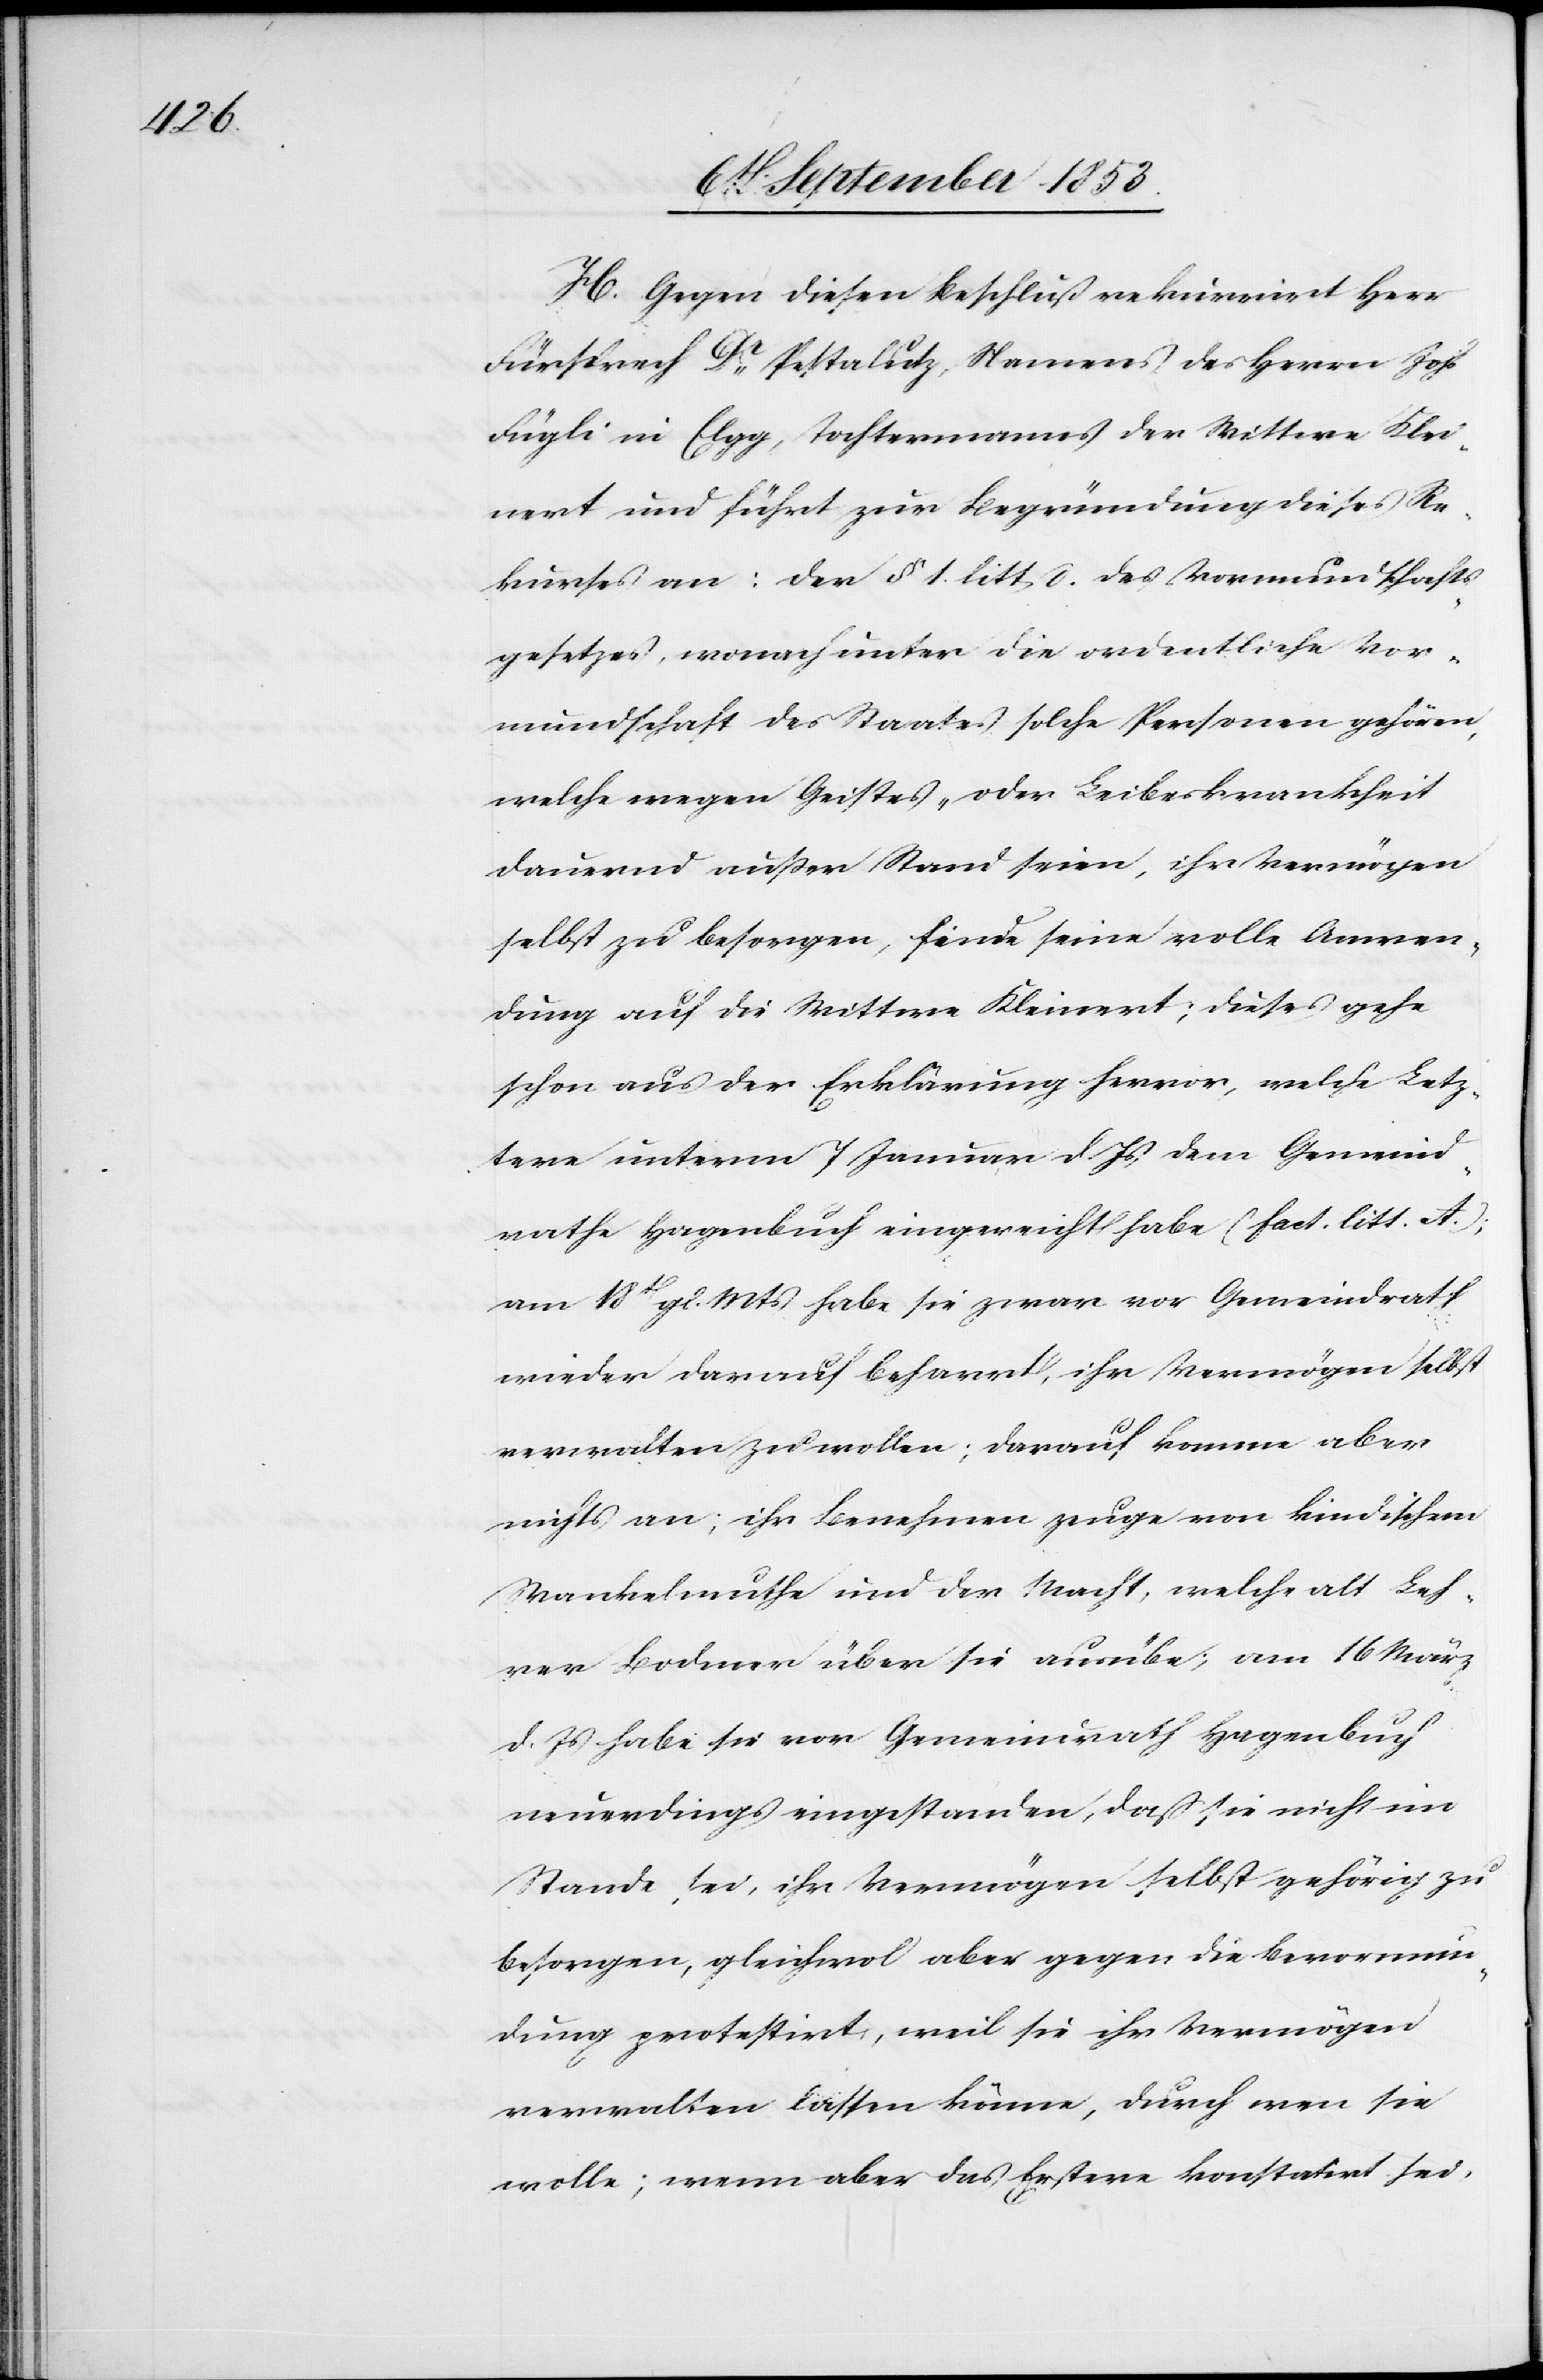
H. Gegen diesen Beschluß rekurrirt Herr
Fürsprech Dr Pestalutz, Namens des Herrn Joh.
Fügli in Elgg, Tochtermanns der Wittwe Klei¬
nert und führt zur Begründung dieses Re¬
kurses an: Der § 1 litt d. des Vormundschafts¬
gesetzes, wonach unter die ordentliche Vor¬
mundschaft des Staates solche Personen gehören,
welche wegen Geistes- oder Leibeskrankheit
dauernd außer Stand seien, ihr Vermögen
selbst zu besorgen, finde seine volle Anwen¬
dung auf die Wittwe Kleinert; dieses gehe
schon aus der Erklärung hervor, welche Letz¬
tere unterm 7 Januar d. Js., dem Gemeind¬
rathe Hagenbuch eingereicht habe (fact. litt. A);
am 18t gl. Mts. habe sie zwar vor Gemeindrath
wieder darauf beharrt, ihr Vermögen selbst
verwalten zu wollen; darauf komme aber
nichts an; ihr Benehmen zeuge von kindischem
Wankelmuthe und der Macht, welche alt Leh¬
rer Bodmer über sie ausübe; am 16 März
d. Js. habe sie vor Gemeindrath Hagenbuch
neuerdings eingestanden, daß sie nicht im
Stande sei, ihr Vermögen selbst gehörig zu
besorgen, gleichwol aber gegen die Bevormun¬
dung protestirt, weil sie ihr Vermögen
verwalten lassen könne, durch wen sie
wolle; wenn aber das Erstere konstatirt sei,